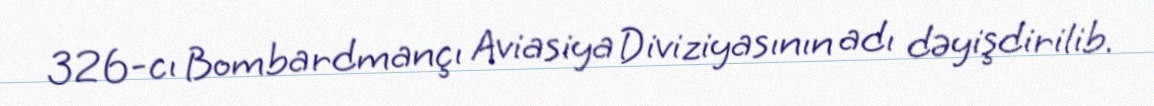
326-cı Bombardmançı Aviasiya Diviziyasının adı dəyişdirilib.